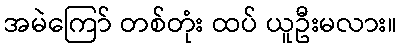
အမဲကြော် တစ်တုံး ထပ် ယူဦးမလား။